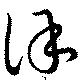
保